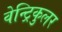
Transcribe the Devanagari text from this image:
वेन्ट्रिकुलर